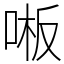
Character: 𫪒